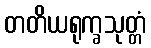
တတိယရုက္ခသုတ္တံ